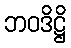
ဘဝဒိဋ္ဌိ